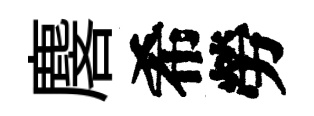
麐希勞